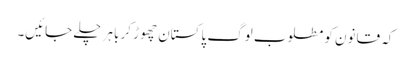
کہ قانون کو مطلوب لوگ پاکستان چھوڑ کر باہر چلے جائیں۔